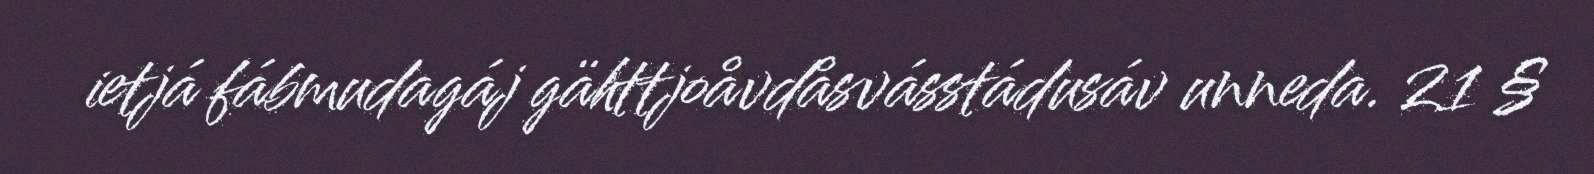
ietjá fábmudagáj gähttjoåvdåsvásstádusáv unneda. 21 §